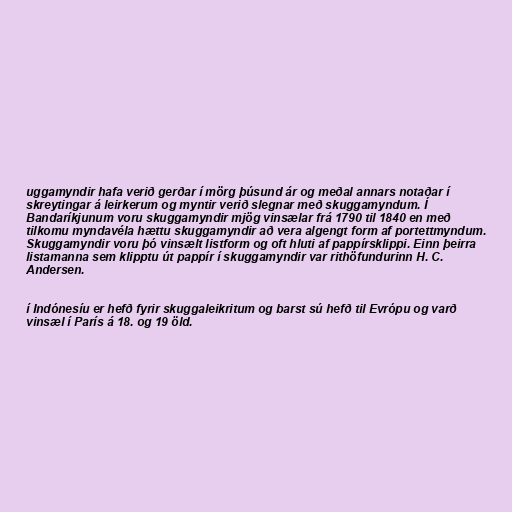
uggamyndir hafa verið gerðar í mörg þúsund ár og meðal annars notaðar í
skreytingar á leirkerum og myntir verið slegnar með skuggamyndum. Í
Bandaríkjunum voru skuggamyndir mjög vinsælar frá 1790 til 1840 en með
tilkomu myndavéla hættu skuggamyndir að vera algengt form af portettmyndum.
Skuggamyndir voru þó vinsælt listform og oft hluti af pappírsklippi. Einn þeirra
listamanna sem klipptu út pappír í skuggamyndir var rithöfundurinn H. C.
Andersen.

í Indónesíu er hefð fyrir skuggaleikritum og barst sú hefð til Evrópu og varð
vinsæl í París á 18. og 19 öld.